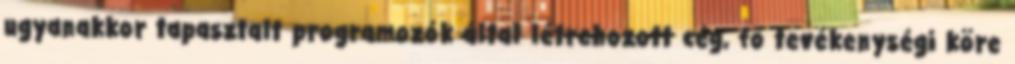
ugyanakkor tapasztalt programozók által létrehozott cég, fő tevékenységi köre